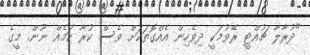
"ދުރާލާ ޗުއްޓީ ރޭވުމަކީ ދިވެހިން އެއްގޮތަކަށް ވެސް ކުރާ ކަމެއް ނޫން. މީގެ